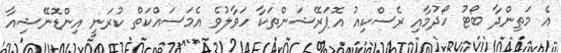
އެ މަތިންދާ ބޯޓު ހޯދުމާއި ރެސްކިއު އޮޕަރޭޝަންތަކާ ހަވާލުވެ އެމަސައްކަތް ކުރަނީ އިންޑޮނޭޝިއާ